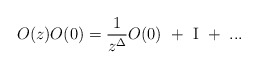
\begin{align*}O(z)O(0)={1\over z^\Delta}O(0)~+~{\Large\rm I}~+~...\end{align*}